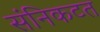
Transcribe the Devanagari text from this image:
संनिकटत